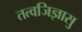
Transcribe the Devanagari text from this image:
तत्वजिज्ञासु